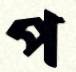
প